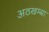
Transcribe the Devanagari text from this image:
अठखम्बा